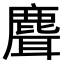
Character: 𬸽